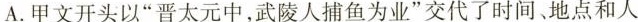
A.甲文开头以”晋太元中，武陵人捕鱼为业”交代了时间地点和人